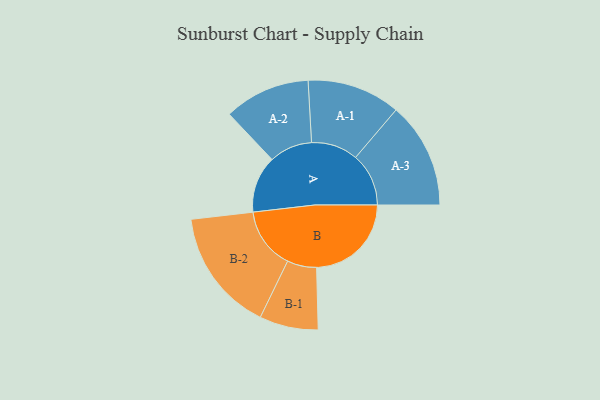
{"axis": {"x": "Segment", "y": "Value"}, "legend": ["", "A", "B"], "data": [{"x": "A", "y": 250, "type": ""}, {"x": "B", "y": 416, "type": ""}, {"x": "A-1", "y": 205, "type": "A"}, {"x": "A-2", "y": 189, "type": "A"}, {"x": "A-3", "y": 233, "type": "A"}, {"x": "B-1", "y": 129, "type": "B"}, {"x": "B-2", "y": 270, "type": "B"}]}